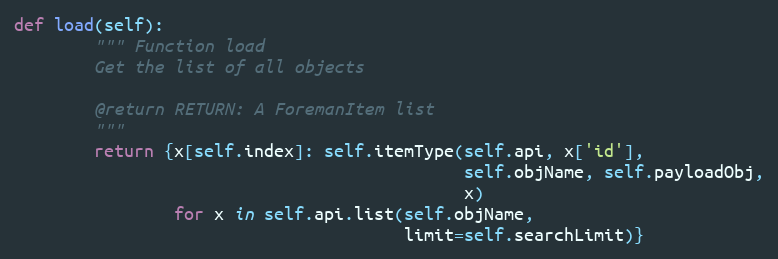
Language: Python
def load(self):
        """ Function load
        Get the list of all objects

        @return RETURN: A ForemanItem list
        """
        return {x[self.index]: self.itemType(self.api, x['id'],
                                             self.objName, self.payloadObj,
                                             x)
                for x in self.api.list(self.objName,
                                       limit=self.searchLimit)}